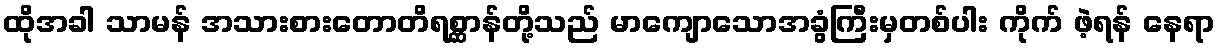
ထိုအခါ သာမန် အသားစားတောတိရစ္ဆာန်တို့သည် မာကျောသောအခွံကြီးမှတစ်ပါး ကိုက် ဖဲ့ရန် နေရာ